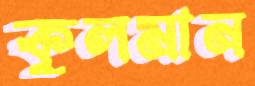
কুলমান